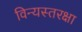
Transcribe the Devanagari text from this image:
विन्यस्तरक्षा